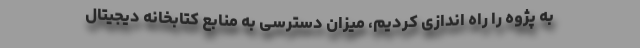
به پژوه را راه اندازی کردیم، میزان دسترسی به منابع کتابخانه دیجیتال